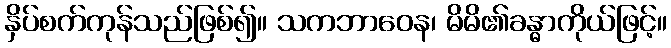
နှိပ်စက်ကုန်သည်ဖြစ်၍။ သကဘာဝေန၊ မိမိ၏ခန္ဓာကိုယ်ဖြင့်။